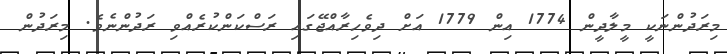
މިރަދުންނަކީ މީލާދީން 1774 އިން 1779 އަށް ދިވެހިރާއްޖޭގައި ރަސްކަންކުރެއްވި ރަދުންނެވެ. މިރަދުން